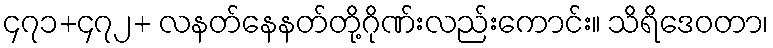
၄၇၁+၄၇၂+ လနတ်နေနတ်တို့ဂိုဏ်းလည်းကောင်း။ သိရိဒေဝတာ၊